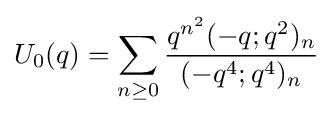
U_{0}(q)=\sum _{n\geq 0}{\frac {q^{n^{2}}(-q;q^{2})_{n}}{(-q^{4};q^{4})_{n}}}